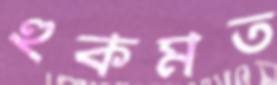
হুকমত